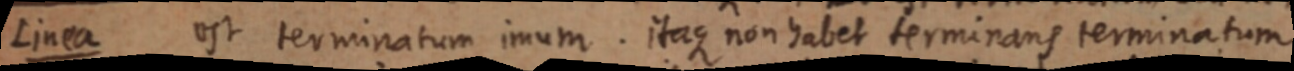
Linea est terminatum imum. itaque non habet terminans terminatum